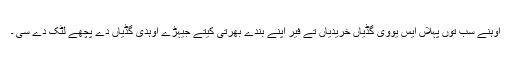
اوہنے سب توں پہلاں ایس یووی گڈیاں خریدیاں تے فیر اپنے بندے بھرتی کیتے جیہڑے اوہدی گڈیاں دے پچھے لٹک دے سی ۔